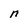
Character: n